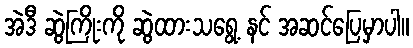
အဲဒီ ဆွဲကြိုးကို ဆွဲထားသရွေ့ နင် အဆင်ပြေမှာပါ။